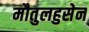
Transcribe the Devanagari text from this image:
मौतुलहुसेन